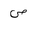
Letter: _sad